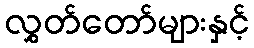
လွှတ်တော်များနှင့်